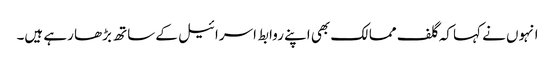
انہوں نے کہا کہ گلف ممالک بھی اپنے روابط اسرائیل کے ساتھ بڑھا رہے ہیں۔